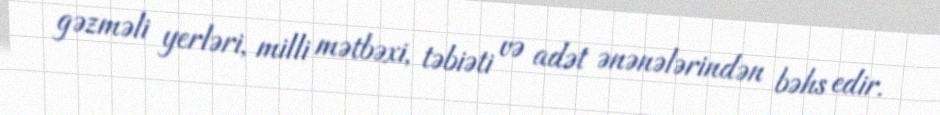
gəzməli yerləri, milli mətbəxi, təbiəti və adət ənənələrindən bəhs edir.